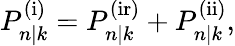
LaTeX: \begin{array}{r}{P_{n|k}^{\mathrm{(i)}}=P_{n|k}^{\mathrm{(ir)}}+P_{n|k}^{\mathrm{(ii)}},}\end{array}